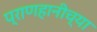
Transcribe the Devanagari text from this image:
प्राणहानीच्या